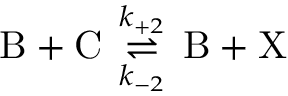
\mathrm { B } + \mathrm { C } \, \underset { k _ { - 2 } } { \overset { k _ { + 2 } } { \rightleftharpoons } } \, \mathrm { B } + \mathrm { X }